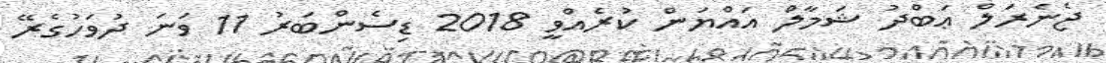
ޖެނެރަލް ޢަބްދު ޝަމާލް އައްޔަން ކުރެއްވީ 2018 ޑިސެންބަރު 11 ވަނަ ދުވަހުގެރޭ